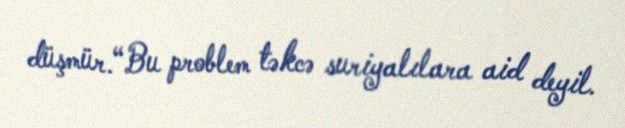
düşmür.“Bu problem təkcə suriyalılara aid deyil.